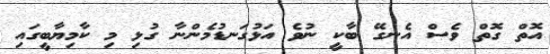
އޮތް ގޮތް ވެސް އެނގޭ ބާކީ ނުވެ އަޅުގަނޑުމެންނާ ގުޅި މި ކާމިޔާބީގައި